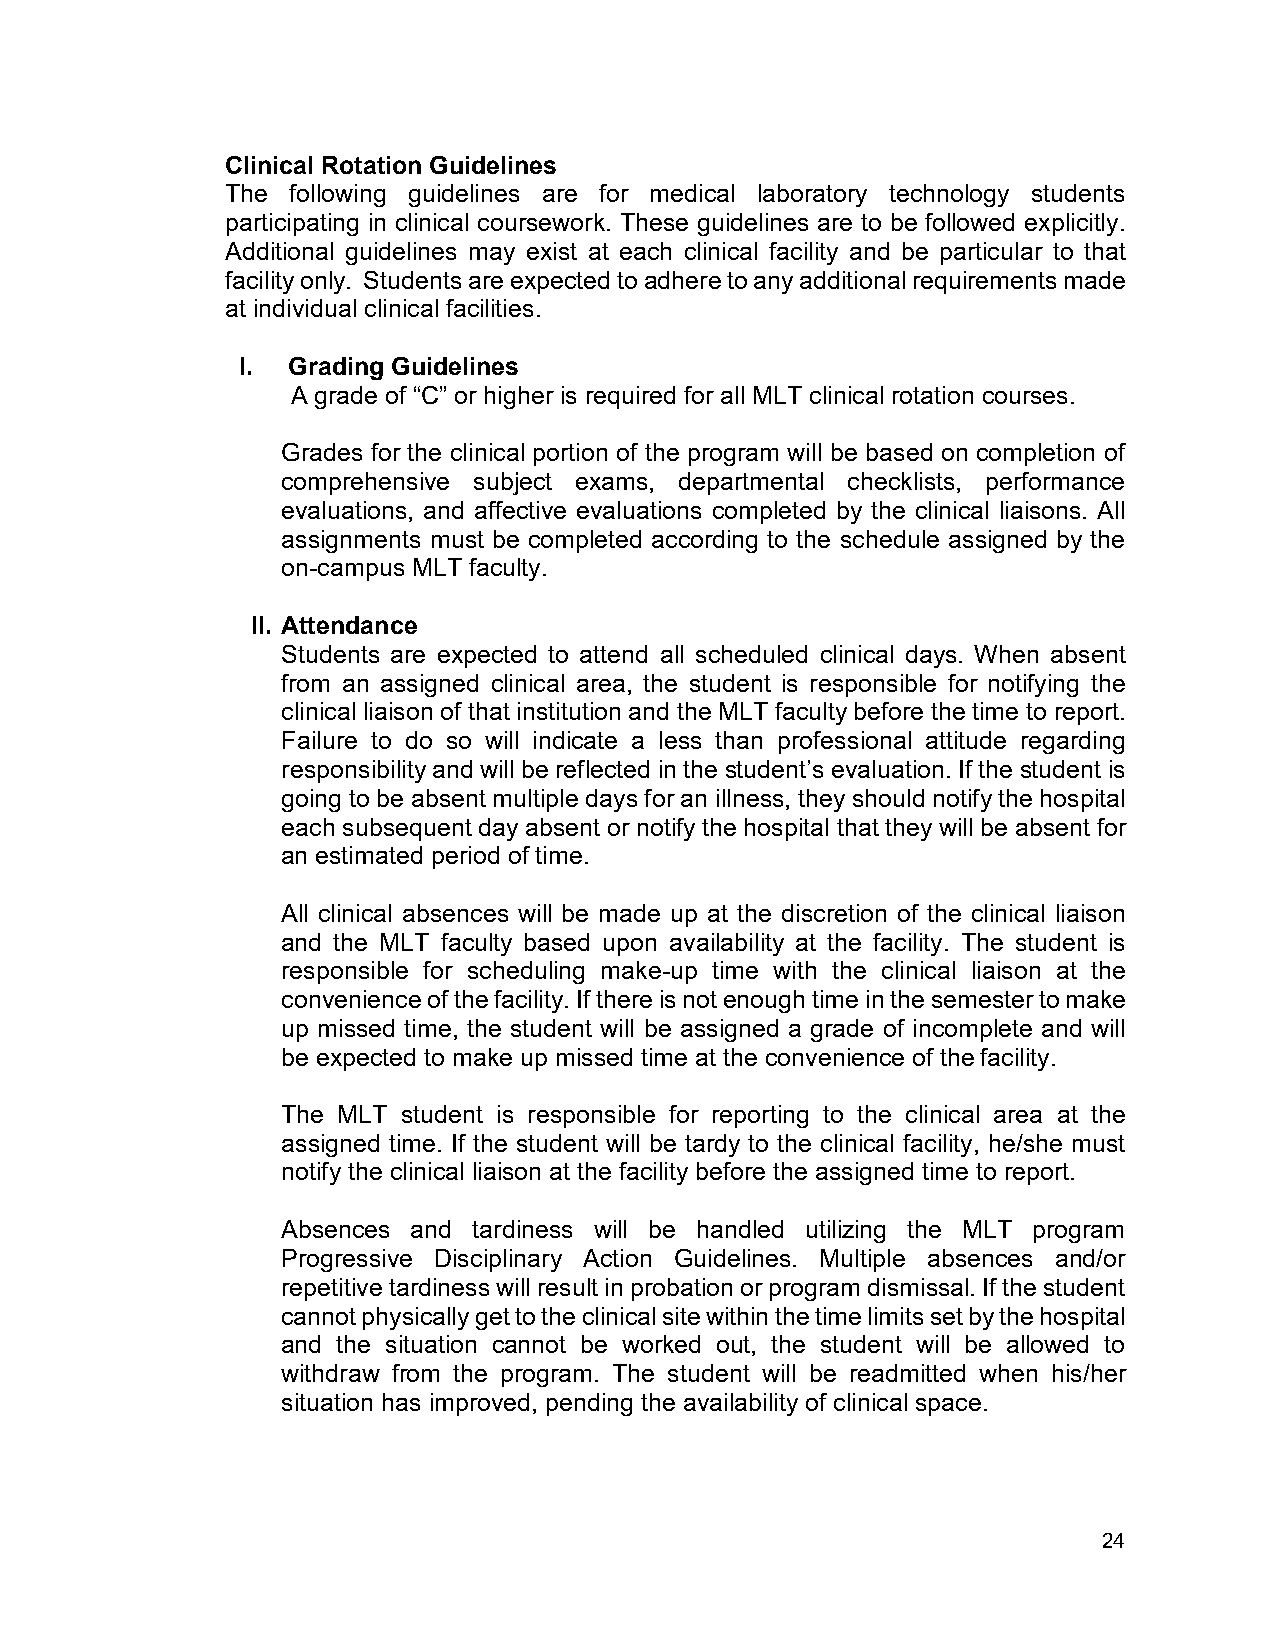
Clinical Rotation Guidelines
 The following guidelines are for medical laboratory technology students
 participating in clinical coursework. These guidelines are to be followed explicitly.
 Additional guidelines may exist at each clinical facility and be particular to that
 facility only. Students are expected to adhere to any additional requirements made
 at individual clinical facilities.
 I. Grading Guidelines
 A grade of “C” or higher is required for all MLT clinical rotation courses.
 Grades for the clinical portion of the program will be based on completion of
 comprehensive subject exams, departmental checklists, performance
 evaluations, and affective evaluations completed by the clinical liaisons. All
 assignments must be completed according to the schedule assigned by the
 on-campus MLT faculty.
 II. Attendance
 Students are expected to attend all scheduled clinical days. When absent
 from an assigned clinical area, the student is responsible for notifying the
 clinical liaison of that institution and the MLT faculty before the time to report.
 Failure to do so will indicate a less than professional attitude regarding
 responsibility and will be reflected in the student’s evaluation. If the student is
 going to be absent multiple days for an illness, they should notify the hospital
 each subsequent day absent or notify the hospital that they will be absent for
 an estimated period of time.
 All clinical absences will be made up at the discretion of the clinical liaison
 and the MLT faculty based upon availability at the facility. The student is
 responsible for scheduling make-up time with the clinical liaison at the
 convenience of the facility. If there is not enough time in the semester to make
 up missed time, the student will be assigned a grade of incomplete and will
 be expected to make up missed time at the convenience of the facility.
 The MLT student is responsible for reporting to the clinical area at the
 assigned time. If the student will be tardy to the clinical facility, he/she must
 notify the clinical liaison at the facility before the assigned time to report.
 Absences and tardiness will be handled utilizing the MLT program
 Progressive Disciplinary Action Guidelines. Multiple absences and/or
 repetitive tardiness will result in probation or program dismissal. If the student
 cannot physically get to the clinical site within the time limits set by the hospital
 and the situation cannot be worked out, the student will be allowed to
 withdraw from the program. The student will be readmitted when his/her
 situation has improved, pending the availability of clinical space.
 24